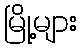
မြို့များ